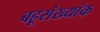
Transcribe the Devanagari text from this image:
बहूसंख्यांक